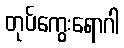
တုပ်ကွေးရောဂါ